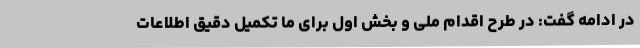
در ادامه گفت: در طرح اقدام ملی و بخش اول برای ما تکمیل دقیق اطلاعات